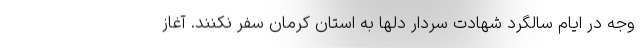
وجه در ایام سالگرد شهادت سردار دلها به استان کرمان سفر نکنند. آغاز